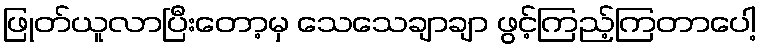
ဖြုတ်ယူလာပြီးတော့မှ သေသေချာချာ ဖွင့်ကြည့်ကြတာပေါ့